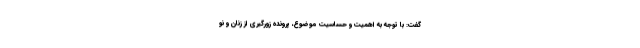
گفت: با توجه به اهمیت و حساسیت موضوع، پرونده زورگیری از زنان و نو